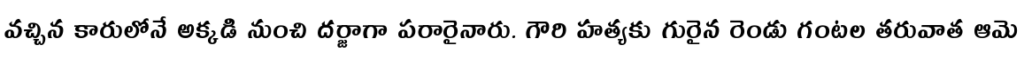
వచ్చిన కారులోనే అక్కడి నుంచి దర్జాగా పరారైనారు. గౌరి హత్యకు గురైన రెండు గంటల తరువాత ఆమె